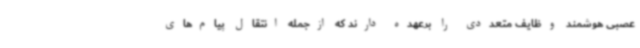
عصبی هوشمند وظایف متعددی را برعهده دارند که ازجمله انتقال پیام‌های